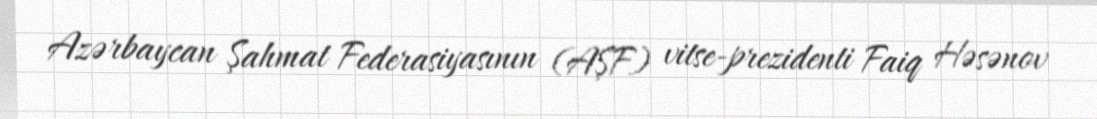
Azərbaycan Şahmat Federasiyasının (AŞF) vitse-prezidenti Faiq Həsənov